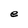
Character: e